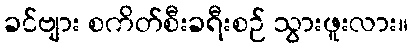
ခင်ဗျား စကိတ်စီးခရီးစဉ် သွားဖူးလား။